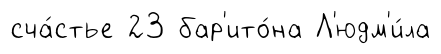
сча́стье 23 бар'ито́на Л'юдм'и́ла